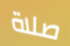
صلاة